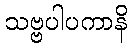
သဗ္ဗပါပကာနိ